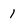
Character: 1